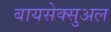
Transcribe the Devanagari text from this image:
बायसेक्सुअल